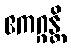
ဧကဂ္ဂန္တိ